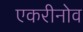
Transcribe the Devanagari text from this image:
एकरीनोव